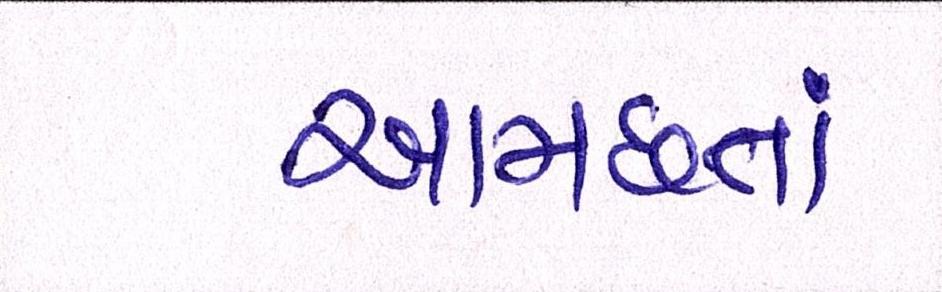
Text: આમછતાં